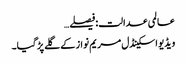
عالمی عدالت:فیصلے…
ویڈیو اسکینڈل مریم نواز کے گلے پڑ گیا۔